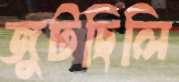
জুটছিলি